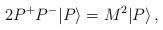
LaTeX: \begin{align*}2P^+P^-|P\rangle=M^2|P\rangle\,,\end{align*}